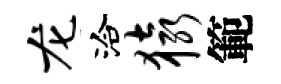
龙洽猿範